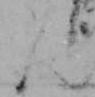
ん